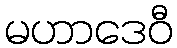
မဟာဒေဝီ